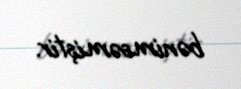
bənimsəmiştir.